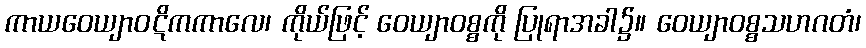
ကာယဝေယျာဝဋိကကာလေ၊ ကိုယ်ဖြင့် ဝေယျာဝစ္စကို ပြုရာအခါ၌။ ဝေယျာဝစ္စသဟဂတံ၊